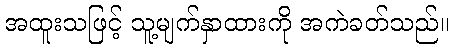
အထူးသဖြင့် သူ့မျက်နှာထားကို အကဲခတ်သည်။